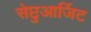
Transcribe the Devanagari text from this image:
सेप्टुआर्जिट